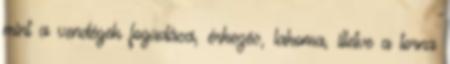
mint a vendégek fogadása, érkezés, lakoma, illetve a torna